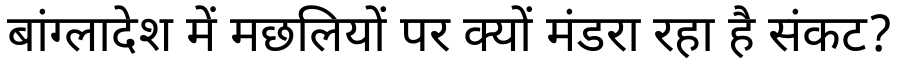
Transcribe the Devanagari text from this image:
बांग्लादेश में मछलियों पर क्यों मंडरा रहा है संकट?